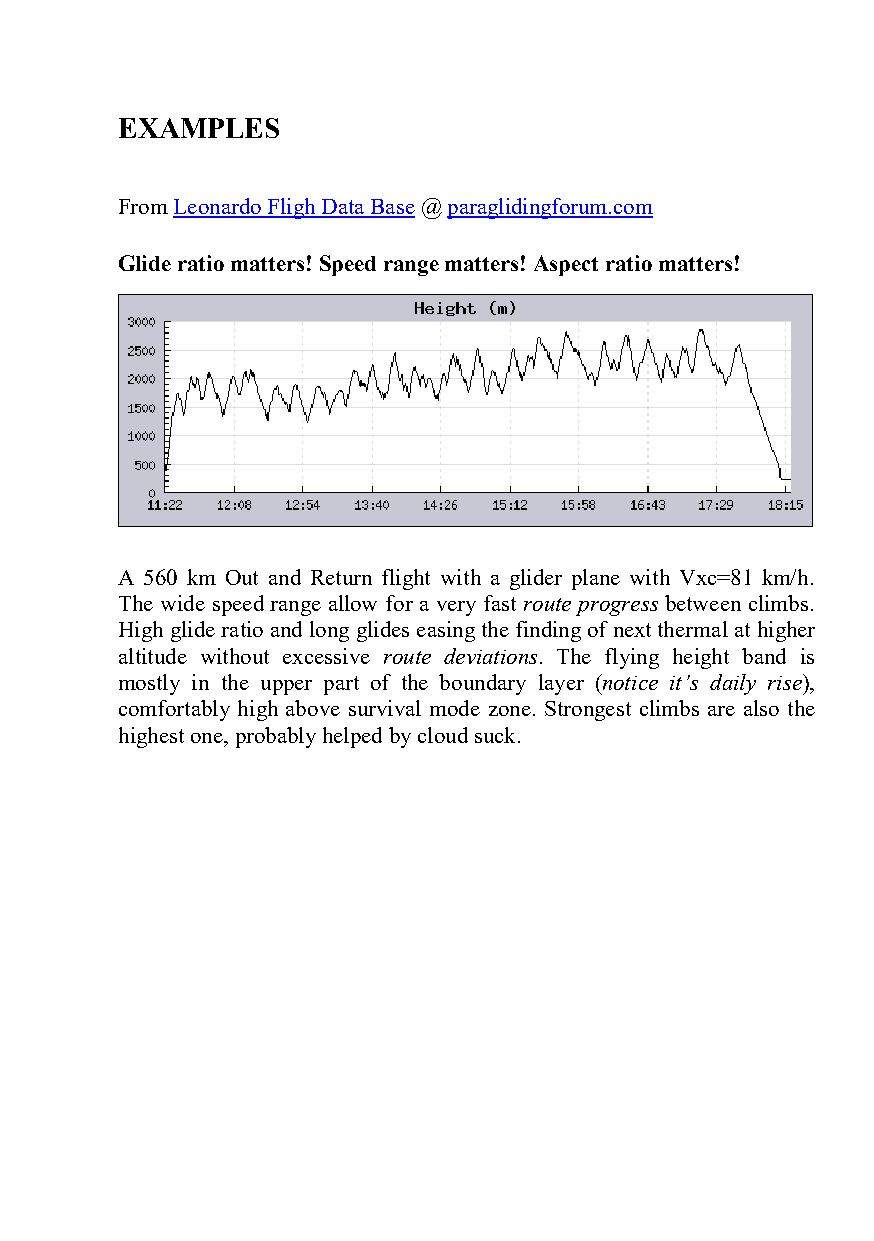
EXAMPLES
 From Leonardo Fligh Data Base @ paraglidingforum.com
 Glide ratio matters! Speed range matters! Aspect ratio matters!
 A 560 km Out and Return flight with a glider plane with Vxc=81 km/h.
 The wide speed range allow for a very fast route progress between climbs.
 High glide ratio and long glides easing the finding of next thermal at higher
 altitude without excessive route deviations. The flying height band is
 mostly in the upper part of the boundary layer (notice it’s daily rise),
 comfortably high above survival mode zone. Strongest climbs are also the
 highest one, probably helped by cloud suck.